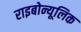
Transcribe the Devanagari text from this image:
राइबोन्यूलिक